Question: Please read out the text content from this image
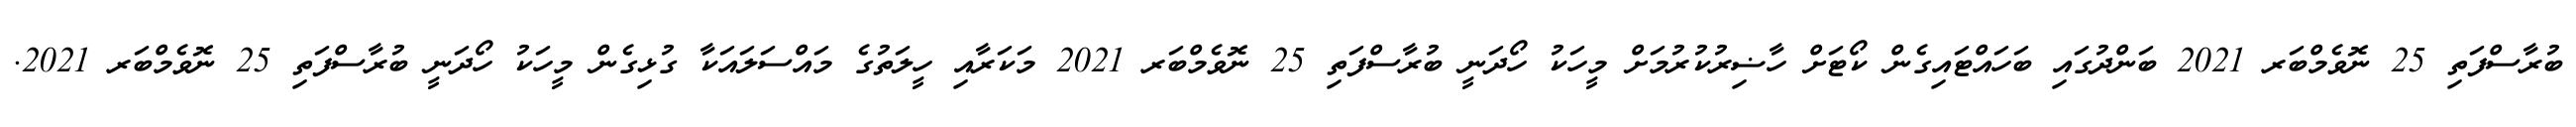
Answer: ބުރާސްފަތި 25 ނޮވެމްބަރ 2021 ބަންދުގައި ބަހައްޓައިގެން ކޯޓަށް ހާޟިރުކުރުމަށް މީހަކު ހޯދަނީ ބުރާސްފަތި 25 ނޮވެމްބަރ 2021 މަކަރާއި ހީލަތުގެ މައްސަލައަކާ ގުޅިގެން މީހަކު ހޯދަނީ ބުރާސްފަތި 25 ނޮވެމްބަރ 2021.